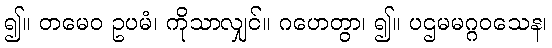
၍။ တမေဝ ဥပမံ၊ ကိုသာလျှင်။ ဂဟေတွာ၊ ၍။ ပဌမမဂ္ဂဝသေန၊